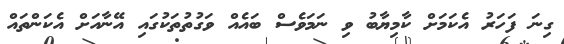
ގިނަ ފަހަރު އެކަމަށް ކާމިޔާބު ވި ނަމަވެސް ބައެއް ވަގުތުތަކުގައި އޭނާއަށް އެކަންތައް